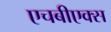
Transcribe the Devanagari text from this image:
एचबीएक्स